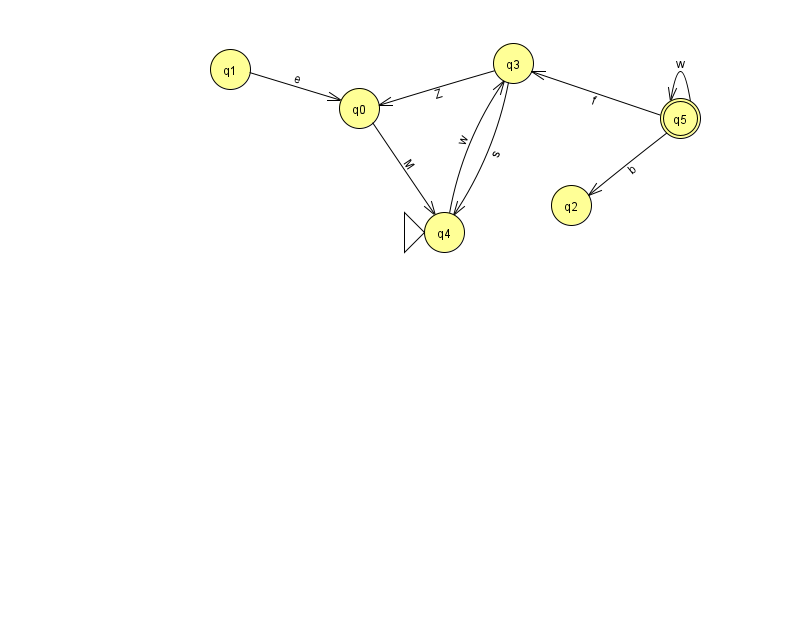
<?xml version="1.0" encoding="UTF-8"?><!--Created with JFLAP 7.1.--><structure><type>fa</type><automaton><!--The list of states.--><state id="0" name="q0"><x>359.0</x><y>95.0</y></state><state id="1" name="q1"><x>230.0</x><y>56.0</y></state><state id="2" name="q2"><x>571.0</x><y>192.0</y></state><state id="3" name="q3"><x>513.0</x><y>50.0</y></state><state id="4" name="q4"><x>444.0</x><y>219.0</y><initial/></state><state id="5" name="q5"><x>680.0</x><y>105.0</y><final/></state><!--The list of transitions.--><transition><from>1</from><to>0</to><read>e</read></transition><transition><from>3</from><to>0</to><read>Z</read></transition><transition><from>5</from><to>5</to><read>w</read></transition><transition><from>0</from><to>4</to><read>M</read></transition><transition><from>5</from><to>3</to><read>f</read></transition><transition><from>3</from><to>4</to><read>s</read></transition><transition><from>4</from><to>3</to><read>w</read></transition><transition><from>5</from><to>2</to><read>b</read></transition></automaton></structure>